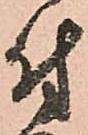
付